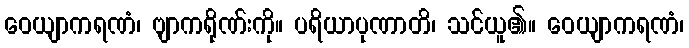
ဝေယျာကရဏံ၊ ဗျာကရိုဏ်းကို။ ပရိယာပုဏာတိ၊ သင်ယူ၏။ ဝေယျာကရဏံ၊